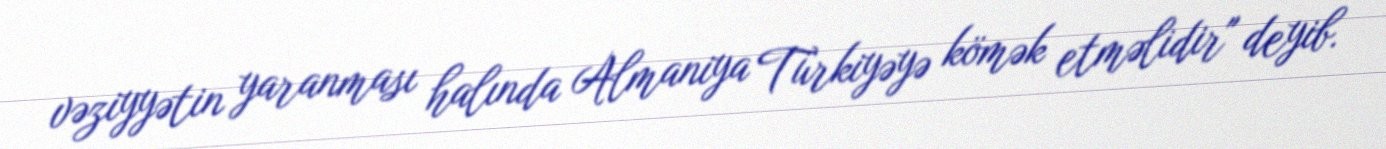
vəziyyətin yaranması halında Almaniya Türkiyəyə kömək etməlidir" deyib.